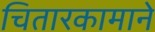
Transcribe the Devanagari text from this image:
चितारकामाने